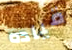
قياده